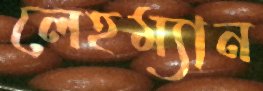
লেহম্যান